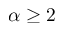
\alpha \geq 2